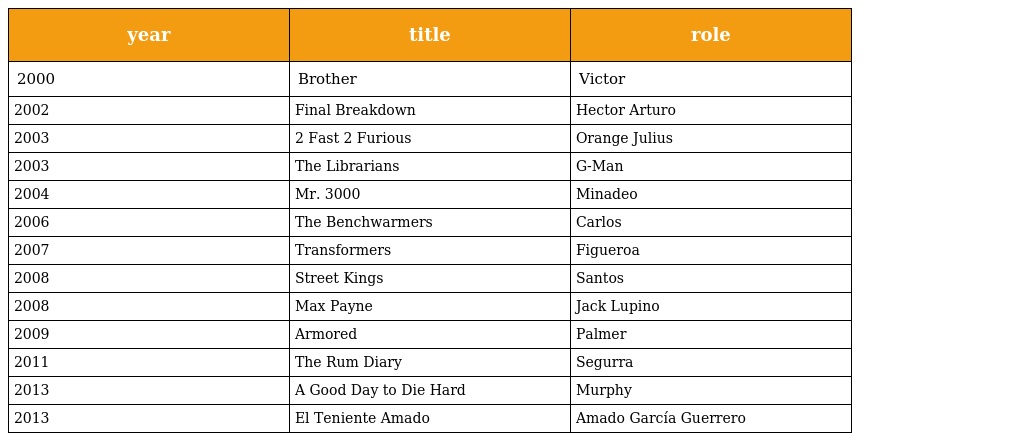
| year | title | role |
 | --- | --- | --- |
 | 2000 | Brother | Victor |
 | 2002 | Final Breakdown | Hector Arturo |
 | 2003 | 2 Fast 2 Furious | Orange Julius |
 | 2003 | The Librarians | G-Man |
 | 2004 | Mr. 3000 | Minadeo |
 | 2006 | The Benchwarmers | Carlos |
 | 2007 | Transformers | Figueroa |
 | 2008 | Street Kings | Santos |
 | 2008 | Max Payne | Jack Lupino |
 | 2009 | Armored | Palmer |
 | 2011 | The Rum Diary | Segurra |
 | 2013 | A Good Day to Die Hard | Murphy |
 | 2013 | El Teniente Amado | Amado García Guerrero |